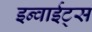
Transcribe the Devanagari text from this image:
इन्वाईट्स